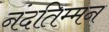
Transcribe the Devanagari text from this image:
नंदतिम्मन